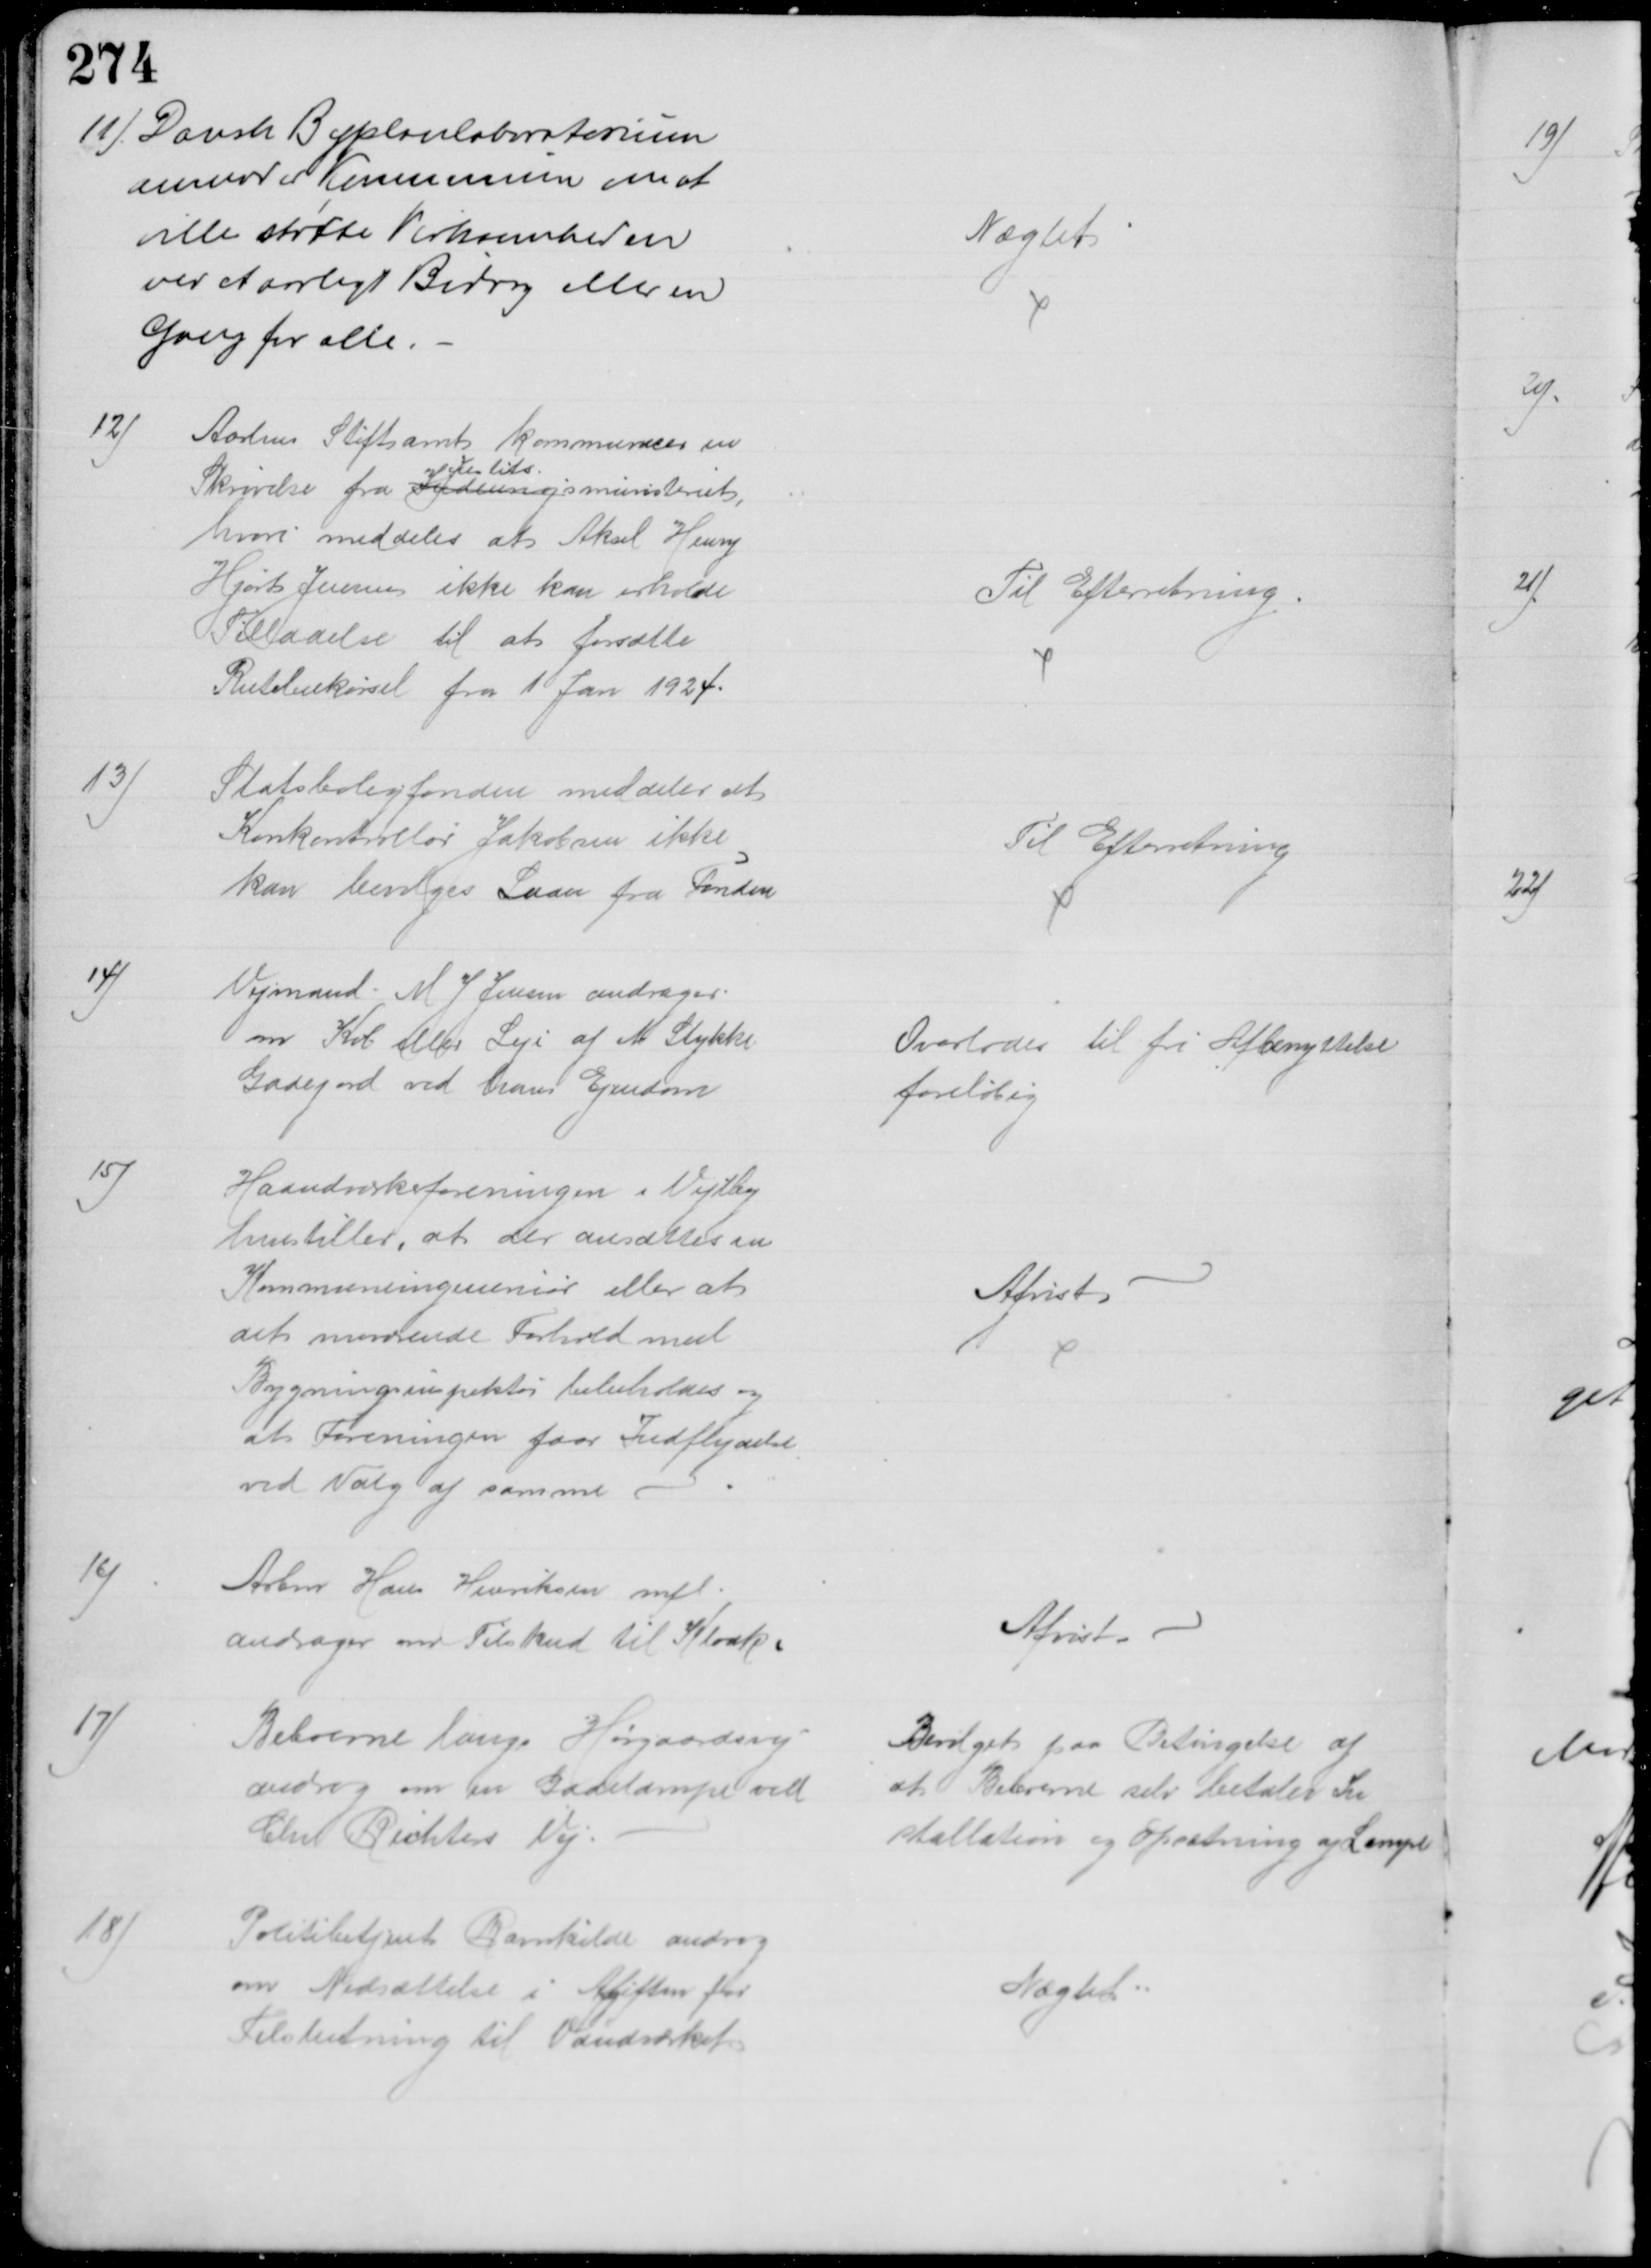
Transskription:
11) Dansk Byplanlaboratorium
anmoder Kommunen om at
ville støtte Virksomheden
ved et aarligt Bidrag eller en
Gang for alle.
Nægtet
12)
Aarhus Stiftsamt kommunicerer en
Skrivelse fra Indenrigs
Justits
ministeriet, 
hvori meddeles at Aksel Henry
Hjort Jensen ikke kan erholde
Tilladelse til at forsætte
Rutebilkørsel fra 1 Jan 1924.
Til Efterretning
13)
Statsboligfonden meddeler at
Konkontrollør Jakobsen ikke
kan bevilges Laan fra Fonden
Til Efterretning
14)
Vejmand M J Jensen andrager
om Køb eller Leje af et Stykke
Gadejord ved hans Ejendom
Overlodes til fri Afbenyttelse 
foreløbig
15)
Haandværksforeningen i Vejlby
henstiller, at der ansættes en
Kommuneingeniør eller at
det nuværende Forhold med
Bygningsinspektør bibeholdes og
at Foreningen faar Indflydelse
ved Valg af samme 
Afvist
16)
Arbm Hans Henriksen mfl.
andrager om Tilskud til Kloak.
Afvist
17)
Beboerne langs Hørgaardsvej
androg om en Gadelampe ved
Chr Richters Vej.
Bevilget paa Betingelse af
at Beboerne selv betaler In
stallation og Opsætning af Lampe
18)
Politibetjent Ravnkilde androg
om Nedsættelse i Afgiften for
Tilslutning til Vandværket
Nægtet